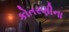
કોતરણીના